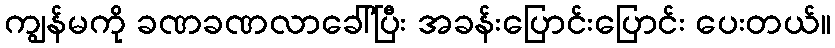
ကျွန်မကို ခဏခဏလာခေါ်ပြီး အခန်းပြောင်းပြောင်း ပေးတယ်။